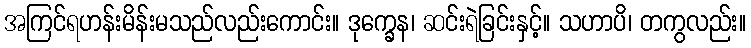
အကြင်ရဟန်းမိန်းမသည်လည်းကောင်း။ ဒုက္ခေန၊ ဆင်းရဲခြင်းနှင့်။ သဟာပိ၊ တကွလည်း။